system: You are a helpful assistant.
user:
Analyze the provided spectrum to determine if it is a **"Cataclysmic Variables (CV)"**.

- **Key Indicators for CV (Check for either state):**
    - **State 1: Quiescent / Low-State (Emission-Dominated)**
        - **(Primary):** Strong and *very broad* Hydrogen Balmer emission lines (e.g., $H\alpha$ at 6563 Å, $H\beta$ at 4861 Å). The 'broadness' (high velocity dispersion, often FWHM > 1000 km/s) is the key diagnostic, indicating a high-velocity accretion disk.
        - **(Secondary):** Broad neutral Helium (He I) emission lines (e.g., 5876 Å, 6678 Å).
        - **(Key Confirmation):** Presence of high-excitation *ionized* Helium (He II) emission at 4686 Å. This is a strong indicator of accretion onto a white dwarf.
        - **(Line Profile):** Emission lines may exhibit a 'double-peaked' profile, which is a classic signature of a rotating accretion disk viewed at high inclination.

    - **State 2: Outburst / High-State (Absorption-Dominated)**
        - **(Primary):** Spectrum is dominated by a bright, blue continuum (looks like a hot star).
        - **(Secondary):** The emission lines from State 1 are weak, absent, or 'filled in', and are replaced by broad, shallow *absorption* lines (primarily Balmer and He I).
        - **(Morphology):** The overall spectrum mimics a hot B/A-type star. The crucial difference is that the absorption lines are significantly broader, shallower, and more 'washed-out' (or 'smeared') than the sharp lines of a normal stellar photosphere, due to high rotational speeds and pressure broadening in the disk.

Think first, call **spectral_visualization_tool** if needed to examine features in detail, then provide your final answer. Your response must adhere to the following strict rules:
1.  **Overall Structure:** Your response must follow the format `<think>...</think> <tool_call>...</tool_call> (if a tool is used) <answer>...</answer>`.
2.  **Tool Usage Constraint:** You may only make **one** tool call per turn.
3.  **Final Answer Format:** In the `<answer>` tag, your conclusion must be inside a `\boxed{}` command (e.g., `\boxed{YES}`), followed by your justification.

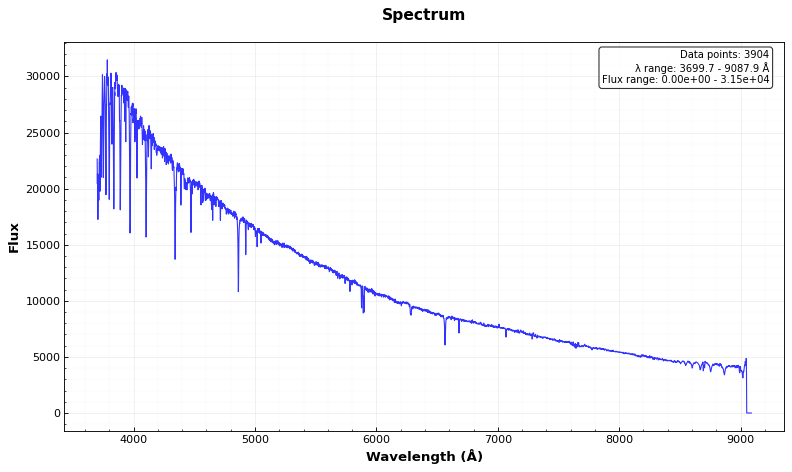
Answer: NO